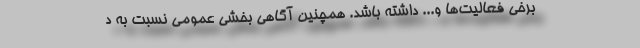
برخی فعالیت‌ها و... داشته باشد. همچنین آگاهی بخشی عمومی نسبت به د